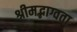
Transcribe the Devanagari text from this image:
श्रीमद्भाग्वता